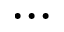
\cdots